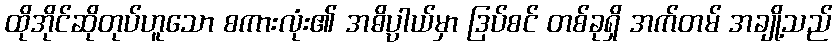
ထိုအိုင်ဆိုတုပ်ဟူသော စကားလုံး၏ အဓိပ္ပါယ်မှာ ဒြပ်စင် တစ်ခုရှိ အက်တမ် အချို့သည်